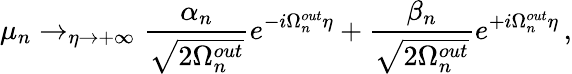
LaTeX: \mu_{n}\rightarrow_{\eta\rightarrow+\infty}\frac{\alpha_{n}}{\sqrt{2\Omega_{n}^{out}}}e^{-i\Omega_{n}^{out}\eta}+\frac{\beta_{n}}{\sqrt{2\Omega_{n}^{out}}}e^{+i\Omega_{n}^{out}\eta}\, ,